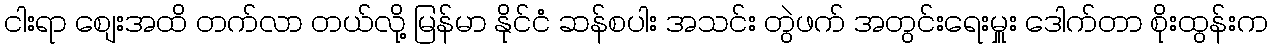
ငါးရာ စျေးအထိ တက်လာ တယ်လို့ မြန်မာ နိုင်ငံ ဆန်စပါး အသင်း တွဲဖက် အတွင်းရေးမှူး ဒေါက်တာ စိုးထွန်းက